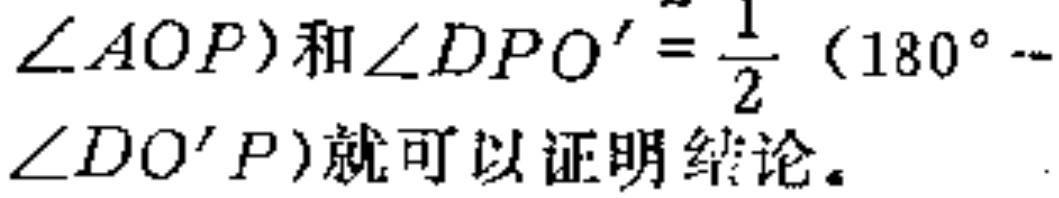
$\angle AOP)和\angle DPO'=\frac{1}{2}(180^{\circ}- \angle DO'P)就可以证明结论。$